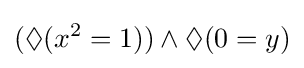
(\Diamond (x^{2}=1))\land \Diamond (0=y)